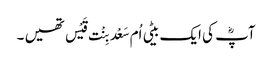
آپؓ کی ایک بیٹی اُم سَعْد بِنْت قَیْس تھیں ۔